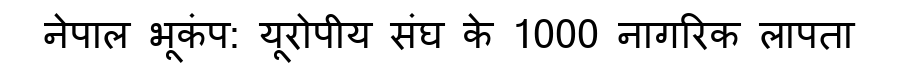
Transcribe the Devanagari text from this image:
नेपाल भूकंप: यूरोपीय संघ के 1000 नागरिक लापता